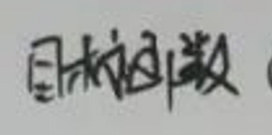
目标函数